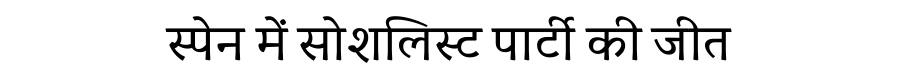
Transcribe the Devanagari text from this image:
स्पेन में सोशलिस्ट पार्टी की जीत